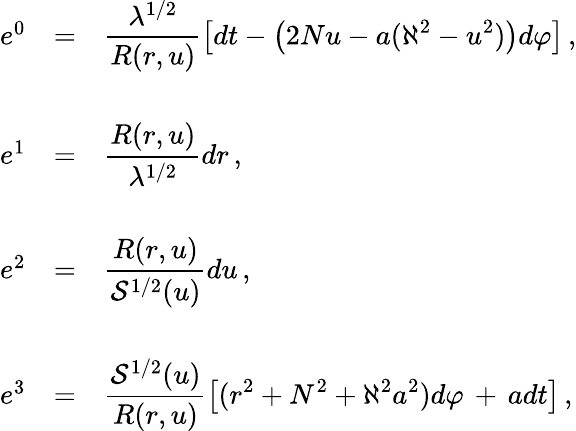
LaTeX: \begin{array}{rcl}{{e^{0}}}&{{=}}&{{{\displaystyle\frac{\lambda^{1/2}}{R(r,u)}\left[dt-\left(2Nu-a(\aleph^{2}-u^{2})\right)d\varphi\right]}\, ,}}\\ {{}}&{{}}&{{}}\\ {{e^{1}}}&{{=}}&{{{\displaystyle\frac{R(r,u)}{\lambda^{1/2}}dr}\, ,}}\\ {{}}&{{}}&{{}}\\ {{e^{2}}}&{{=}}&{{{\displaystyle\frac{R(r,u)}{{\cal S}^{1/2}(u)}du}\, ,}}\\ {{}}&{{}}&{{}}\\ {{e^{3}}}&{{=}}&{{{\displaystyle\frac{{\cal S}^{1/2}(u)}{R(r,u)}\left[(r^{2}+N^{2}+\aleph^{2}a^{2})d\varphi\, +\, adt\right]}\, ,}}\end{array}